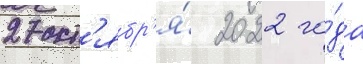
27 окт'ябр'я́ 2022 го́да